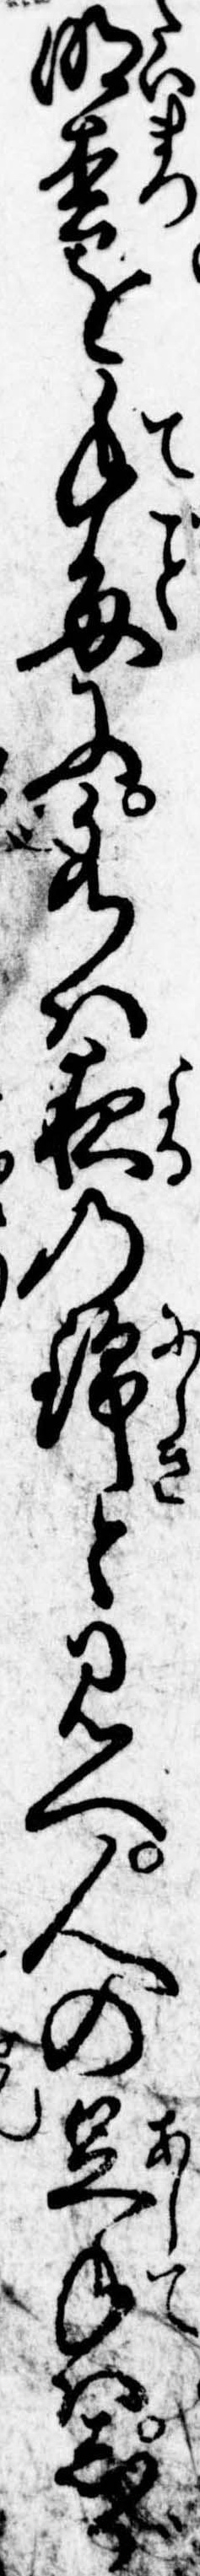
明松を手毎に水は夜の錦と見へ人の足手はしが